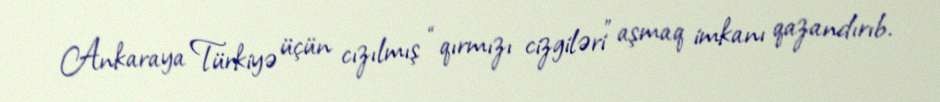
Ankaraya Türkiyə üçün cızılmış “qırmızı cizgiləri” aşmaq imkanı qazandırıb.